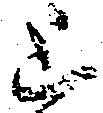
上